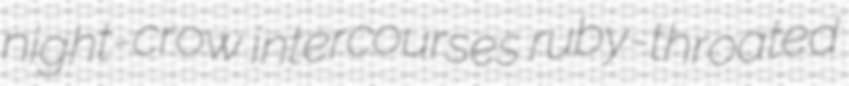
night-crow intercourses ruby-throated